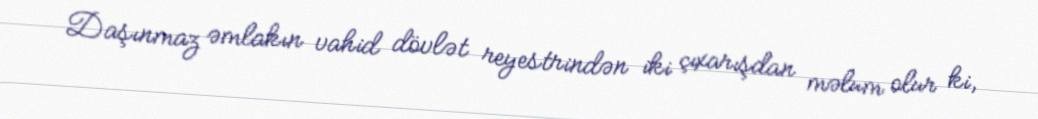
Daşınmaz əmlakın vahid dövlət reyestrindən iki çıxarışdan məlum olur ki,